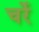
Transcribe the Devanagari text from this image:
चर्रे